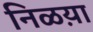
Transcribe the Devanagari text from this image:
निळय़ा